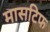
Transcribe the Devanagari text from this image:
मासटिफ